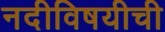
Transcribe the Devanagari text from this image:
नदीविषयीची